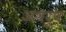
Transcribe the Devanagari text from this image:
अवरुप